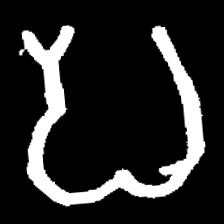
Pyu character \u2014 Myanmar letter: ပ (romanized: pa)